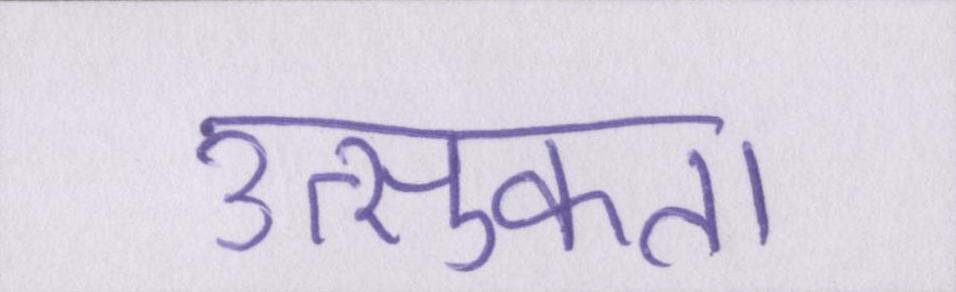
उत्सुकता